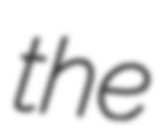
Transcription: the